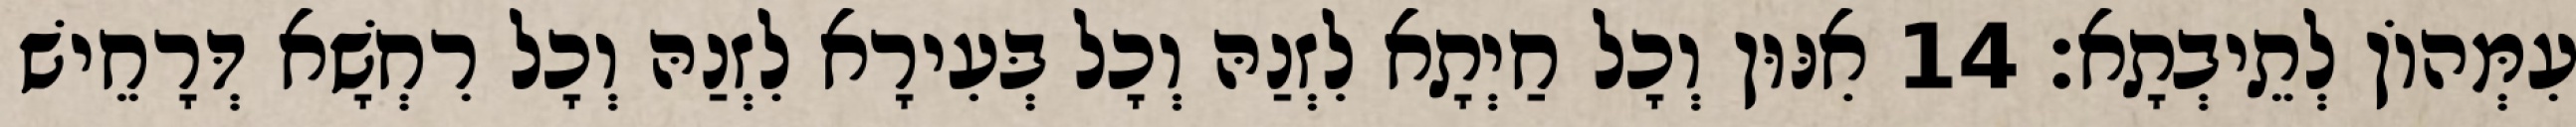
עִמְּהוֹן לְתֵיבְתָא׃ 14 אִנּוּן וְכָל חַיְתָא לִזְנַהּ וְכָל בְּעִירָא לִזְנַהּ וְכָל רִחְשָׁא דְּרָחֵישׁ